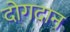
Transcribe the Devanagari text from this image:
दोगदान